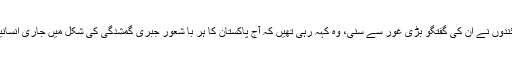
پرنٹ اور الیکٹرانک میڈیا کے نمائندوں نے ان کی گفتگو بڑی غور سے سنی، وہ کہہ رہی تھیں کہ آج پاکستان کا ہر با شعور جبری گمشدگی کی شکل میں جاری انسانیت کی بدترین تذلیل سے واقف ہے۔